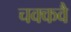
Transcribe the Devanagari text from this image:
चक्‍कवै